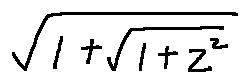
\sqrt { 1 + \sqrt { 1 + z ^ { 2 } } }